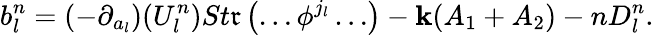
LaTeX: b_{l}^{n}=(-\partial_{a_{l}})(U_{l}^{n})St\mathfrak{r}\left(\ldots\phi^{j_{l}}\ldots\right)-\mathbf{k}(A_{1}+A_{2})-nD_{l}^{n}.